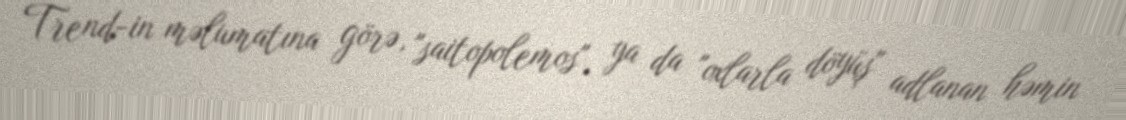
Trend-in məlumatına görə, "saitopolemos", ya da "oxlarla döyüş" adlanan həmin